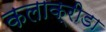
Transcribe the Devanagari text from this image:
कलाक्रीडा